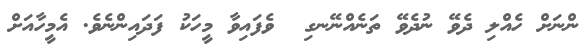
ންނަށް ހެއްލި ދެވޭ ނުދެވޭ ތަނެއްނޭނގި  ވެފައިވާ މީހަކު ފަދައިންނެވެ. އެމީހާއަށް